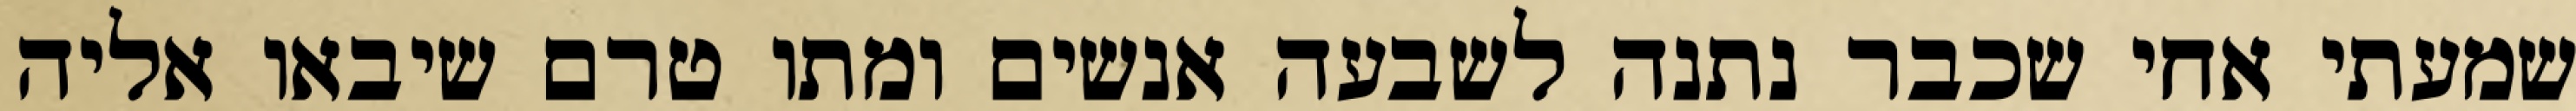
שמעתי אחי שכבר נתנה לשבעה אנשים ומתו טרם שיבאו אליה